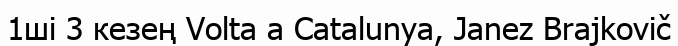
1ші 3 кезең Volta a Catalunya, Janez Brajkovič